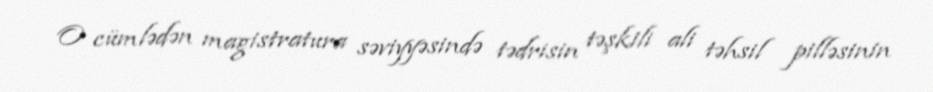
O cümlədən magistratura səviyyəsində tədrisin təşkili ali təhsil pilləsinin